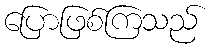
ပြောဖြစ်ကြသည်